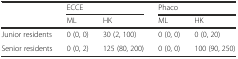
|  | <COLSPAN=2> ECCE | <COLSPAN=2> Phaco |
 |  | ML | HK | ML | HK |
 | --- | --- | --- | --- | --- |
 | Junior residents | 0 (0, 0) | 30 (2, 100) | 0 (0, 0) | 0 (0, 20) |
 | Senior residents | 0 (0, 2) | 125 (80, 200) | 0 (0, 0) | 100 (90, 250) |